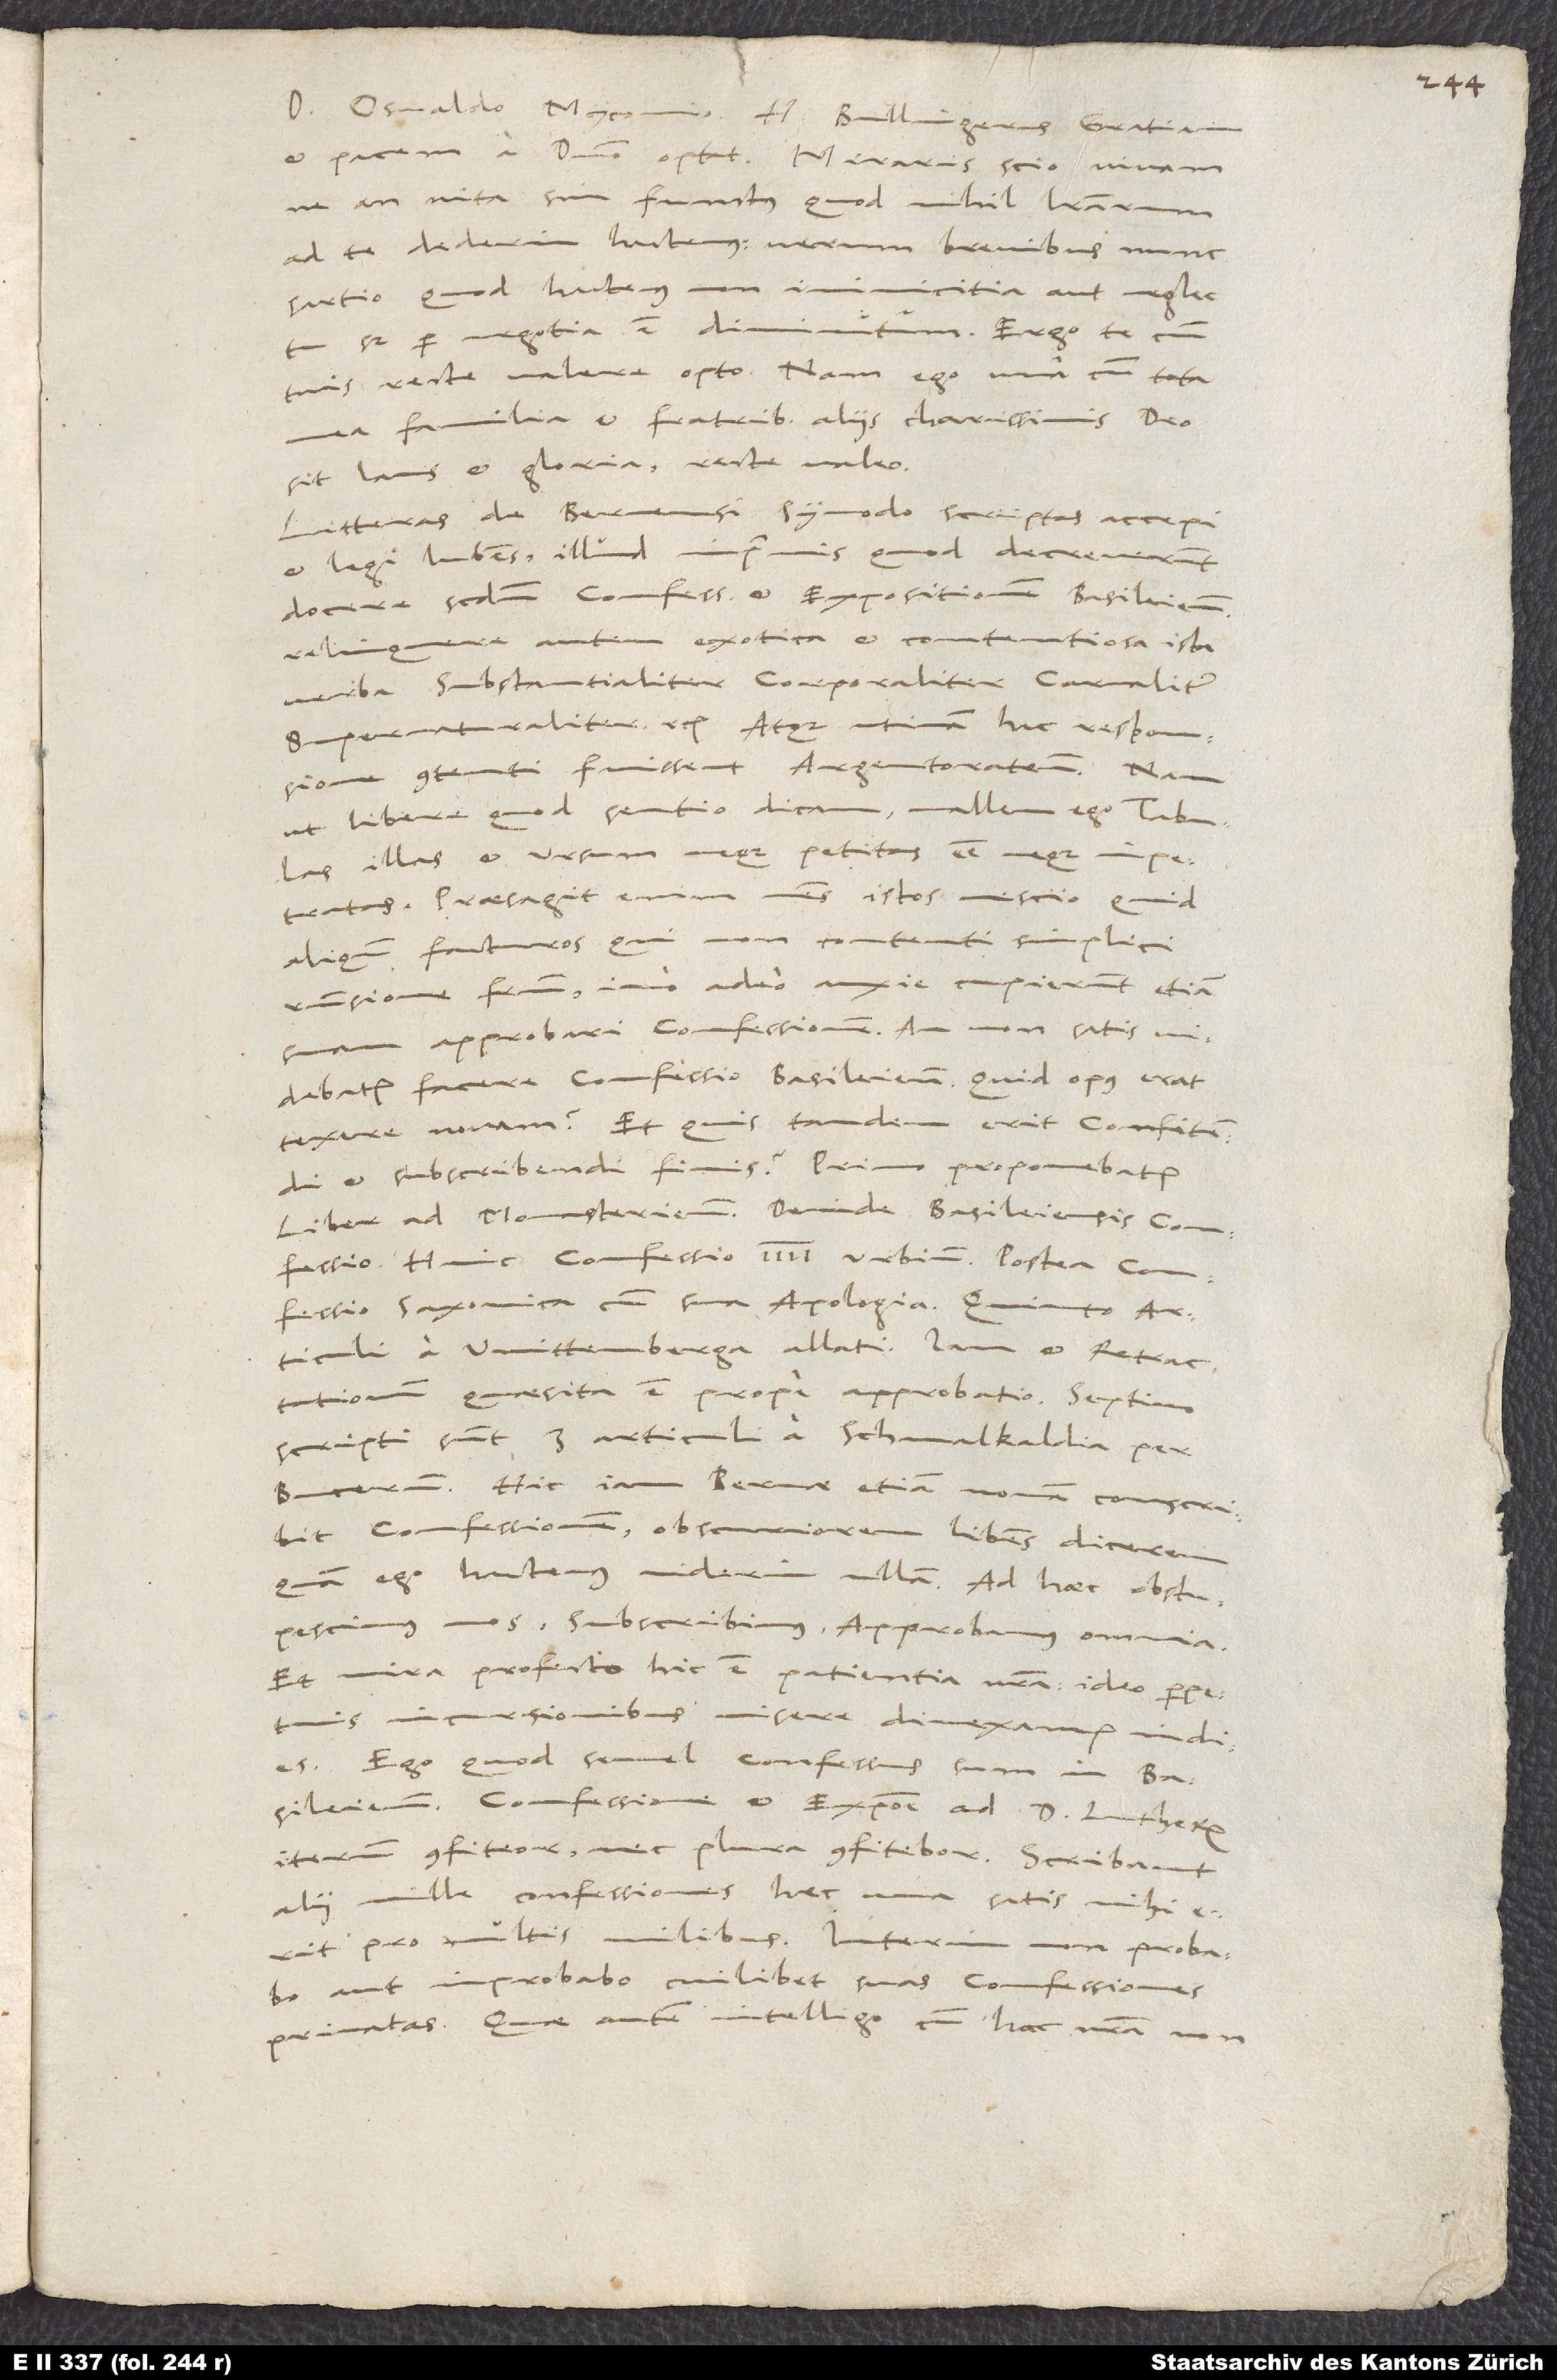
Domino Osvaldo Myconio H. Bullingerus gratiam
an vita sim functus, quod nihil literarum
ad te dederim hactenus. Verum brevibus nunc
sartio, quod hactenus non inimicitia aut neglectu,
sed per negotia est diminutum. Ergo te cum
tuis recte valere opto. Nam ego una cum tota
mea familia et fratribus aliis charissimis, deo
sit laus et gloria, recte valeo.
Litteras de Bernensi synodo scriptas accepi
et legi lubens; illud imprimis, quod decreverunt
docere secundum confessionem et expositionem Basileien,
relinquere autem exotica et contentiosa ista
verba "substantialiter", "corporaliter", "carnaliter",
"supernaturaliter" etc. Atque utinam hac responsione
contenti fuissent Argentoratenses! Nam,
ut libere, quod sentio, dicam, mallem ego tabulas
illas et ursum neque petitas esse neque impetratas.
Praesagit enim mens istos nescio quid
aliquando facturos, qui non contenti simplici
responsione fratrum, imo adeo anxie cupierunt etiam
suam approbari confessionem. An non satis
videbatur facere confessio Basileiensis? Quid opus erat
texere novam? Et quis tandem erit confitendi
et subscribendi finis? Primo proponebatur
liber ad Monasterienses, deinde Basileiensis confessio,
confessio Saxonica cum sua apologia, quinto articuli
quaesita est prope approbatio; septimo
scripti sunt 3 articuli a Schmalkaldia per
Bucerum. Hic iam Bernae etiam novam conscribit
confessionem, obscuriorem libens dicerem,
quam ego hactenus viderim ullam. Ad haec obstupescimus
Et mira profecto hic est patientia nostra. Ideo perpetuis
incursionibus misere divexamur indies.
Ego quod semel confessus sum in Basileiensi
iterum confiteor nec plura confitebor. Scribant
alii mille confessiones; haec una satis mihi
pro multis milibus. Interim non probabo
aut improbabo cuilibet suas confessiones
privatas. Quae autem intelligo cum hac nostra non